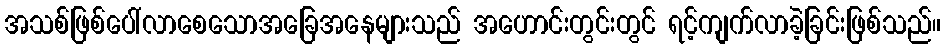
အသစ်ဖြစ်ပေါ်လာစေသောအခြေအနေများသည် အဟောင်းတွင်းတွင် ရင့်ကျက်လာခဲ့ခြင်းဖြစ်သည်။